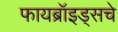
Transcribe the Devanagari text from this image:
फायब्रॉइड्सचे